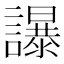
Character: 𧭤